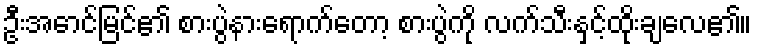
ဦးအောင်မြင်၏ စားပွဲနားရောက်တော့ စားပွဲကို လက်သီးနှင့်ထိုးချလေ၏။